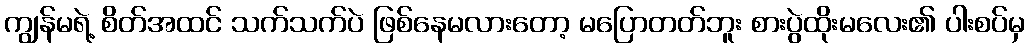
ကျွန်မရဲ့ စိတ်အထင် သက်သက်ပဲ ဖြစ်နေမလားတော့ မပြောတတ်ဘူး စားပွဲထိုးမလေး၏ ပါးစပ်မှ